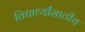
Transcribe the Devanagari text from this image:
विद्यार्थ्यांसाठीच